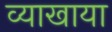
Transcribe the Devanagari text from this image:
व्याखाया